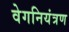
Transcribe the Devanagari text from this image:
वेगनियंत्रण